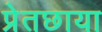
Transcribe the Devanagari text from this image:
प्रेतछाया